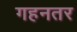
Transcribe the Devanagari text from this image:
गहनतर